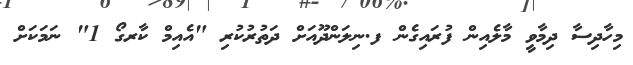
މިހާދިސާ ދިމާވީ މާލެއިން ފުރައިގެން ފ.ނިލަންދޫއަށް ދަތުރުކުރި "އެއިމް ކާރގޯ 1" ނަަމަކަށް